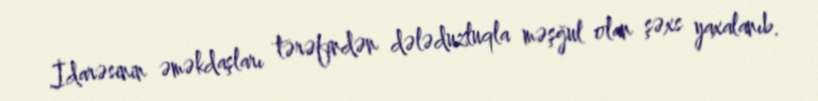
İdarəsinin əməkdaşları tərəfindən dələduzluqla məşğul olan şəxs yaxalanıb.